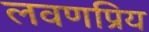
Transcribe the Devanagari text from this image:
लवणप्रिय